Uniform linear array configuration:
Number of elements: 16
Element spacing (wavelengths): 0.25
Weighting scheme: kaiser
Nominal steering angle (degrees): -45
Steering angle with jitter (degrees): -46.207
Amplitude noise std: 0.05
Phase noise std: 0.05

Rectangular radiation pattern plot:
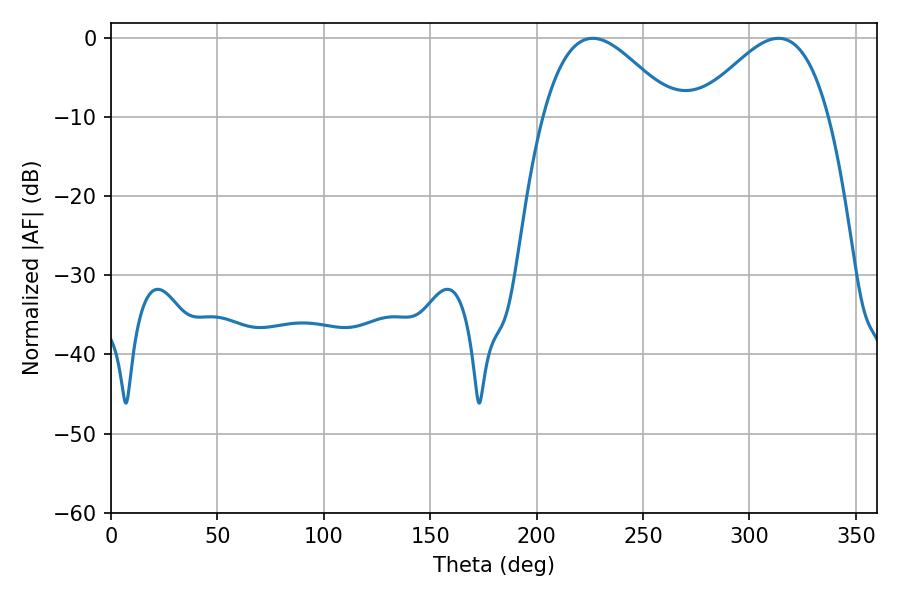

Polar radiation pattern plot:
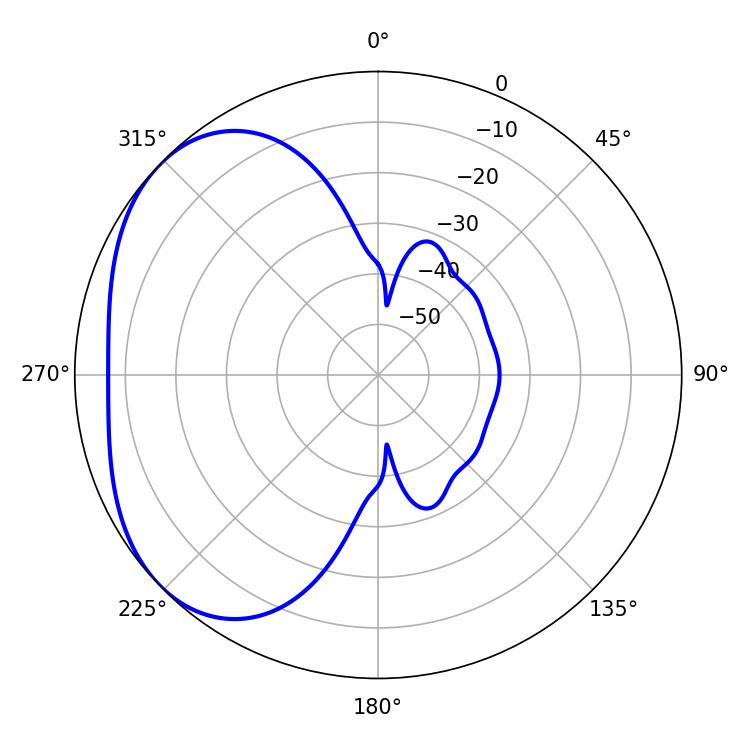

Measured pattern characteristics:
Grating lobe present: FALSE
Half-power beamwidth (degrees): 33.3
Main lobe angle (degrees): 226.44